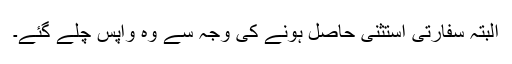
البتہ سفارتی استثنیٰ حاصل ہونے کی وجہ سے وہ واپس چلے گئے۔